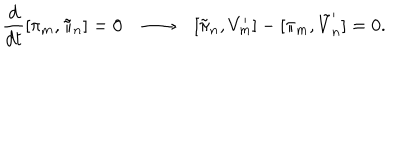
LaTeX: \frac { d } { d t } [ \pi _ { m } , \tilde { \pi } _ { n } ] = 0 \longrightarrow [ \tilde { \pi } _ { n } , V _ { m } ^ { \prime } ] - [ \pi _ { m } , \tilde { V } _ { n } ^ { \prime } ] = 0 .